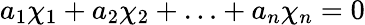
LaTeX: a_{1}\chi_{1}+a_{2}\chi_{2}+\ldots+a_{n}\chi_{n}=0